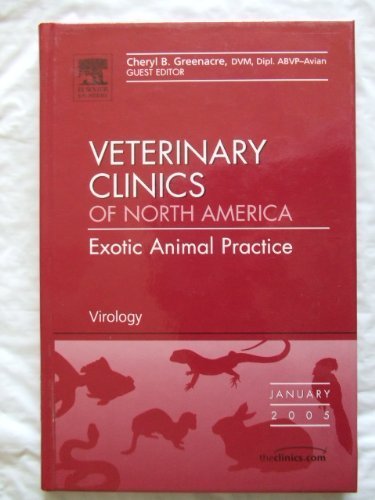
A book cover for Virology, An Issue of Veterinary Clinics: Exotic Animal Practice, 1e (The Clinics: Veterinary Medicine); Agnes E. Rupley DVM  ABVP Avian; Medical Books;